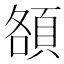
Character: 頟